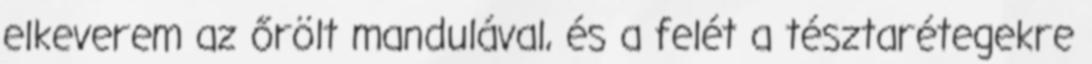
elkeverem az őrölt mandulával, és a felét a tésztarétegekre